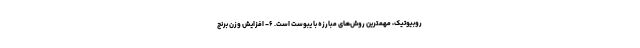
روبیوتیک، مهمترین روش‌های مبارزه با یبوست است. ۶- افزایش وزن برنج